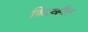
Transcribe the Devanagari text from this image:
फ़िस्व्हील